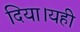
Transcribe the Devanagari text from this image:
दिया।यही